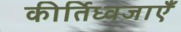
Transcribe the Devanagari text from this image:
कीर्तिध्वजाएँ